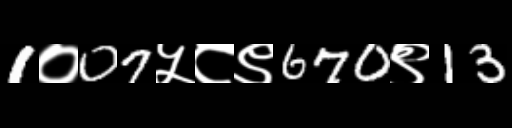
Text: 1०07५८९670९13